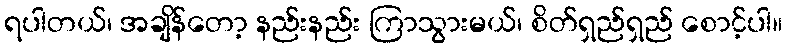
ရပါတယ်၊ အချိန်တော့ နည်းနည်း ကြာသွားမယ်၊ စိတ်ရှည်ရှည် စောင့်ပါ။